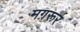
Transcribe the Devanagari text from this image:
मग़रूर